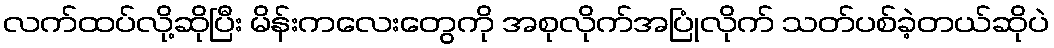
လက်ထပ်လို့ဆိုပြီး မိန်းကလေးတွေကို အစုလိုက်အပြုံလိုက် သတ်ပစ်ခဲ့တယ်ဆိုပဲ